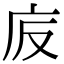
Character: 𢇪